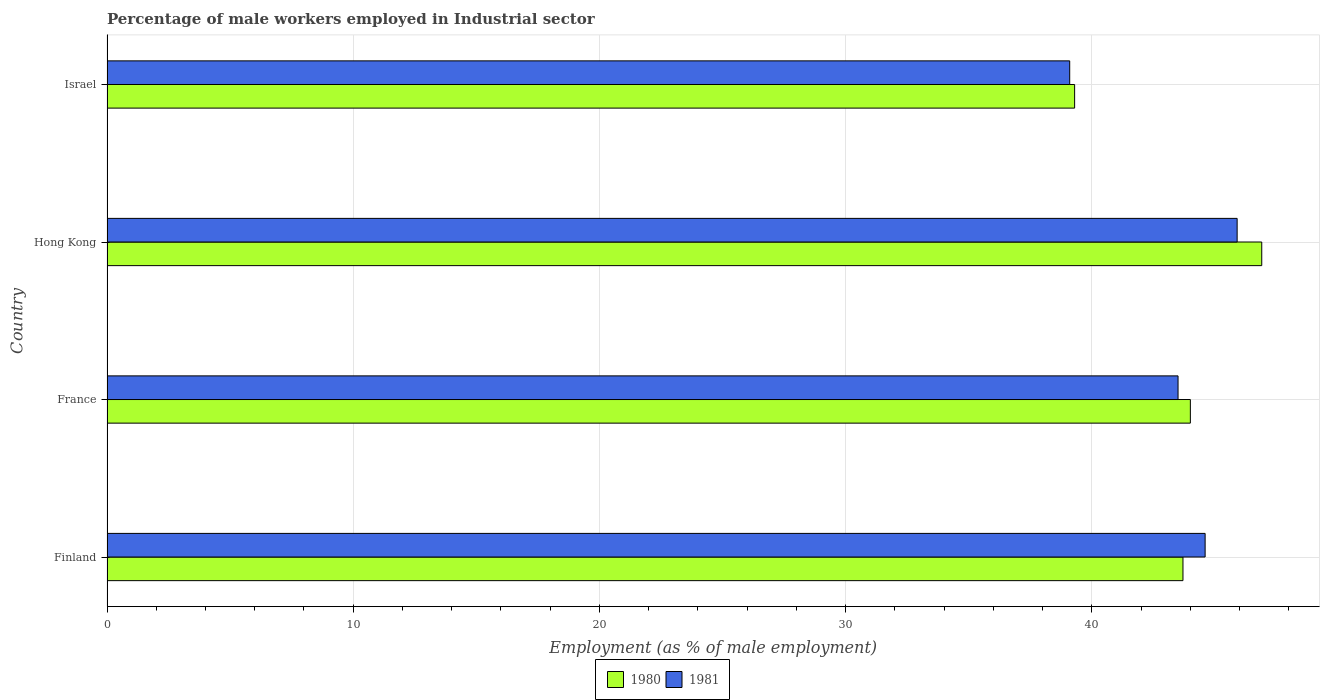
| Country | 1980 | 1981 |
 | --- | --- | --- |
 | Finland | 43.7 | 44.6 |
 | France | 44 | 43.5 |
 | Hong Kong | 46.9 | 45.9 |
 | Israel | 39.3 | 39.1 |